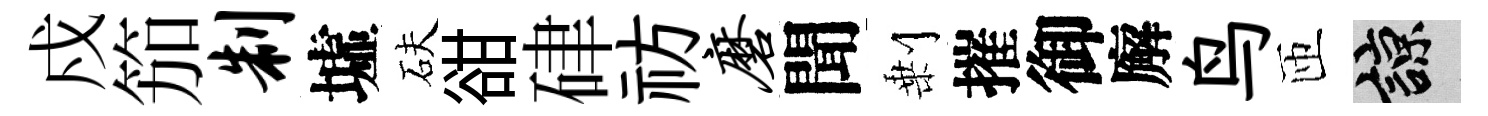
戍笳制墟砆𧮳硉祊磨聞剰摧御廨鸟匝諒